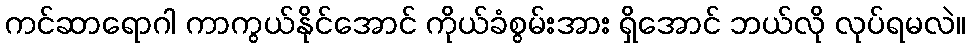
ကင်ဆာရောဂါ ကာကွယ်နိုင်အောင် ကိုယ်ခံစွမ်းအား ရှိအောင် ဘယ်လို လုပ်ရမလဲ။